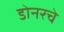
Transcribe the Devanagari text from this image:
डोनरचे